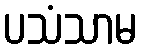
ပသံသာမ